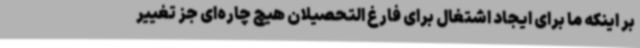
بر اینکه ما برای ایجاد اشتغال برای فارغ التحصیلان هیچ چاره‌ای جز تغییر